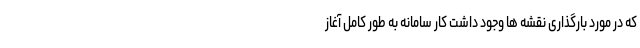
که در مورد بارگذاری نقشه ها وجود داشت کار سامانه به طور کامل آغاز